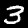
Label: 3